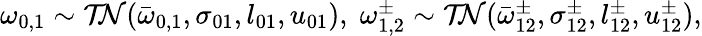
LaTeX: \begin{array}{r}{\omega_{0,1}\sim\mathcal{TN}(\bar{\omega}_{0,1},\sigma_{01},l_{01},u_{01}),\; \omega_{1,2}^{\pm}\sim\mathcal{TN}(\bar{\omega}_{12}^{\pm},\sigma_{12}^{\pm},l_{12}^{\pm},u_{12}^{\pm}),}\end{array}